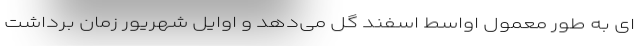
‌ای به طور معمول اواسط اسفند گل می‌­دهد و اوایل شهریور زمان برداشت